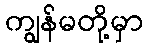
ကျွန်မတို့မှာ